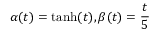
\alpha ( t ) = \operatorname { t a n h } ( t ) , \beta ( t ) = \frac { t } { 5 }